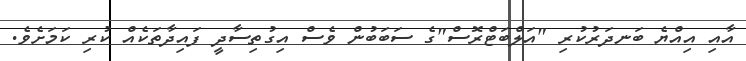
އާއި އިއްޔެ ބަނދަރުކުރި "އަލްބަޓްރޮސް"ގެ ސަބަބުން ވެސް އިގުތިސާދީ ފައިދާތަކެއް ކުރި ކަމަށެވެ.